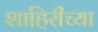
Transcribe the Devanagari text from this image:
शाहिरीच्या